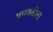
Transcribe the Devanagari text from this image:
भगवतीला